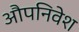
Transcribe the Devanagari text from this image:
औपनिवेश